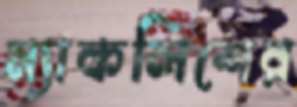
ম্যাকলিশের